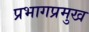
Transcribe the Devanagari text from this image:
प्रभागप्रमुख